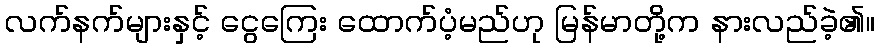
လက်နက်များနှင့် ငွေကြေး ထောက်ပံ့မည်ဟု မြန်မာတို့က နားလည်ခဲ့၏။